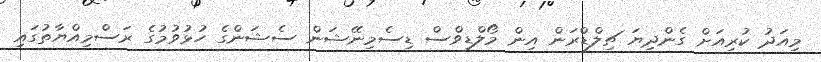
މިއަދު ކުރިއަށް ގެންދިޔަ ޗިލްޑްރަން އިން މޯލްޑިވްސް ޑިސެމިނޭޝަން ސެޝަންގެ ހުޅުވުމުގެ ރަސްމިއްޔާތުގައި